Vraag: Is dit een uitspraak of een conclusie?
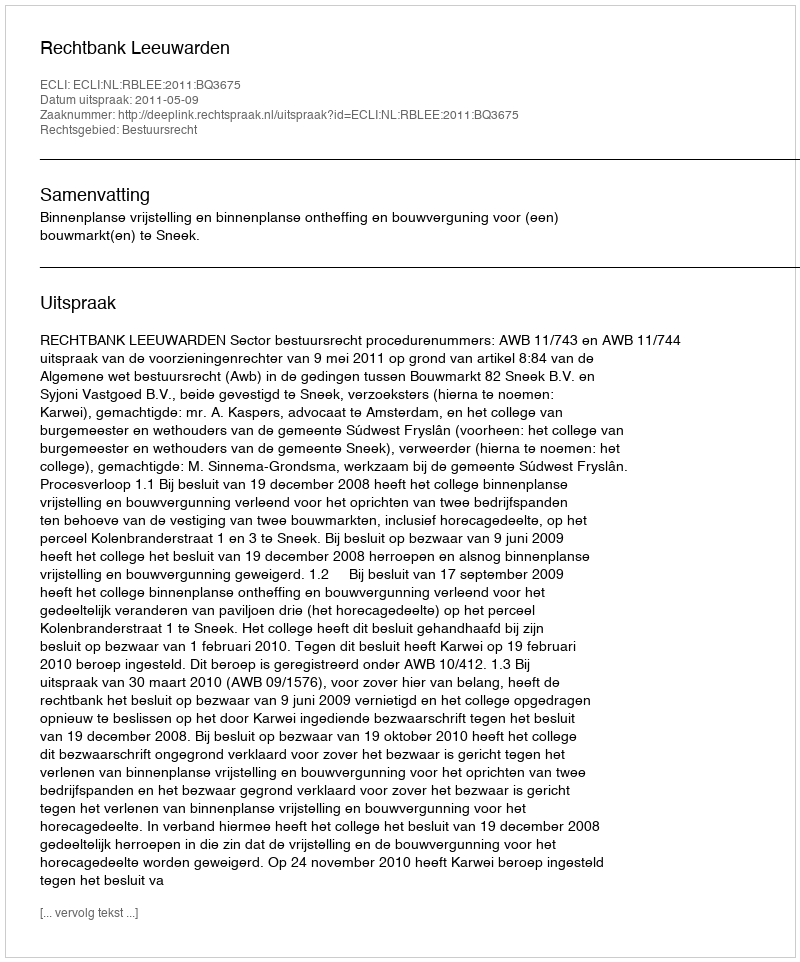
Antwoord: Uitspraak